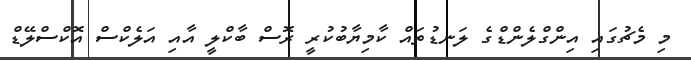
މި މެޗުގައި އިންގްލެންޑްގެ ލަނޑުތައް ކާމިޔާބުކުރީ ރޮސް ބާކްލީ އާއި އަލެކްސް އޮކްސްލޭޑް